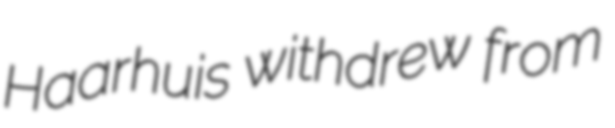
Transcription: Haarhuis withdrew from